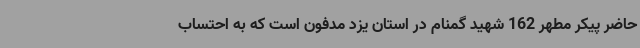
حاضر پیکر مطهر 162 شهید گمنام در استان یزد مدفون است که به احتساب